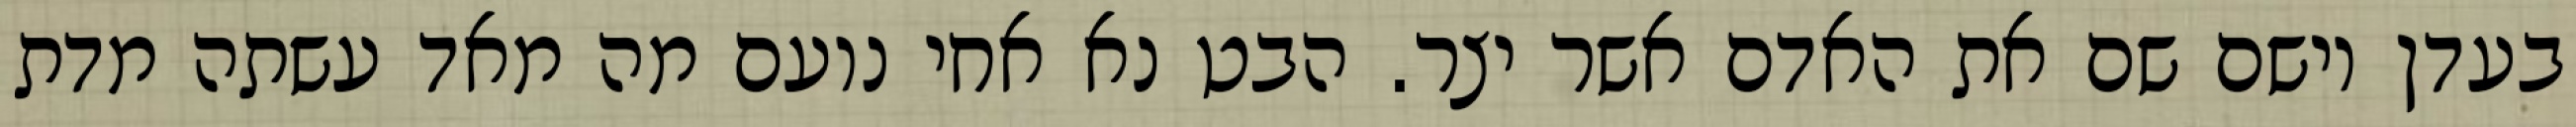
בעדן וישם שם את האדם אשר יצר. הבט נא אחי נועם מה מאד עשתה מדת